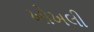
ખોખલી